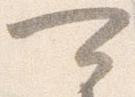
可